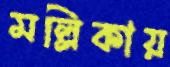
মল্লিকায়